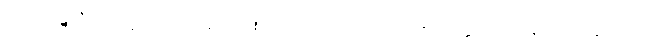
လ။ ပဝဍ္ဎတီတိ၊ ဟူ၍လည်းကောင်း။ ကုသလဿ၊ လ။ ဥပစိတတ္တာတိ၊ ဟူ၍လည်းကောင်း။